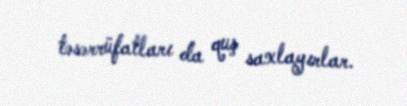
təsərrüfatları da quş saxlayırlar.